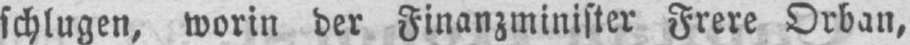
schlugen, worin der Finanzminister Frere Orban,